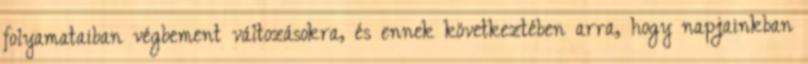
folyamataiban végbement változásokra, és ennek következtében arra, hogy napjainkban